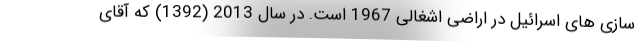
سازی های اسرائیل در اراضی اشغالی 1967 است. در سال 2013 (1392) که آقای